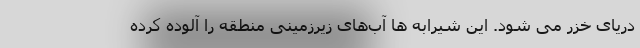
دریای خزر می شود. این شیرابه ها آب‌های زیرزمینی منطقه را آلوده کرده